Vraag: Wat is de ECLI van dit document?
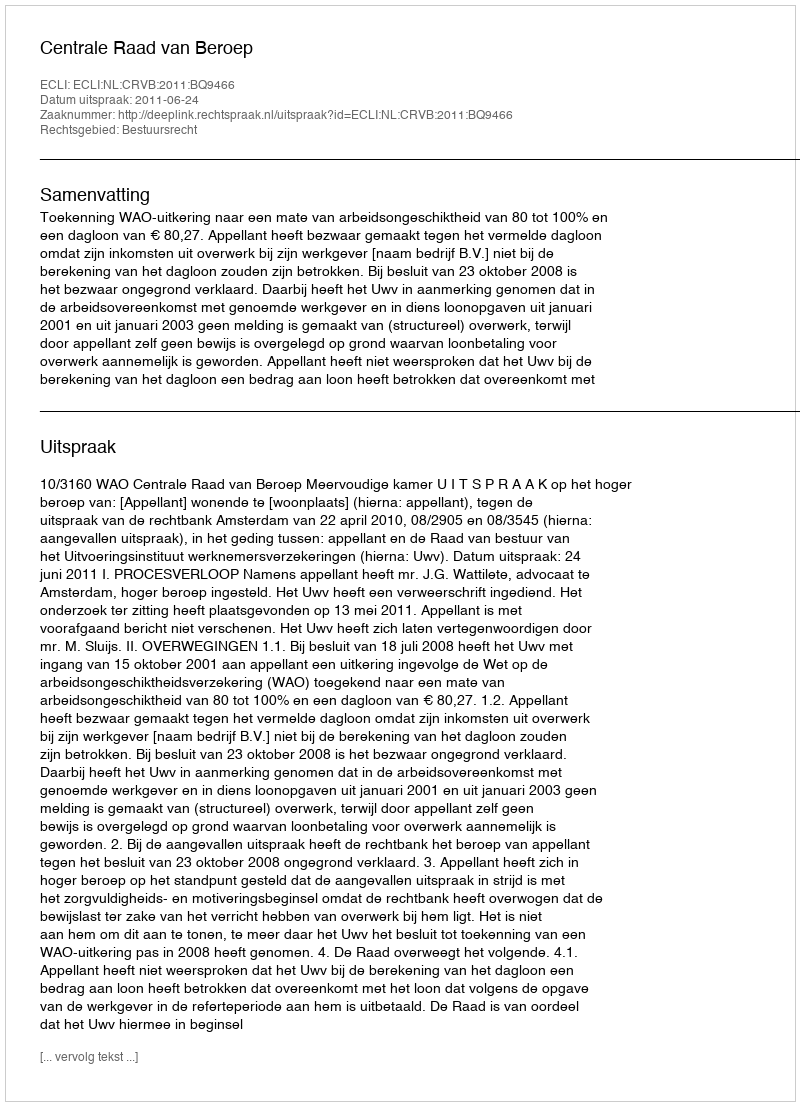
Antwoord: ECLI:NL:CRVB:2011:BQ9466